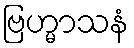
ဗြဟ္မာသနံ